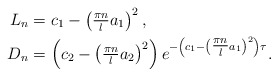
\begin{align*} L_{n} &= c_{1} - \left(\tfrac{\pi n}{l} a_{1}\right)^{2}, \\ D_{n} &= \left(c_{2} - \left(\tfrac{\pi n}{l} a_{2}\right)^{2}\right) e^{-\left(c_{1} - \left(\tfrac{\pi n}{l} a_{1}\right)^{2}\right) \tau}. \end{align*}